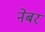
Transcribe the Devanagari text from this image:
नेबर